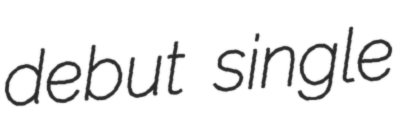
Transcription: debut single